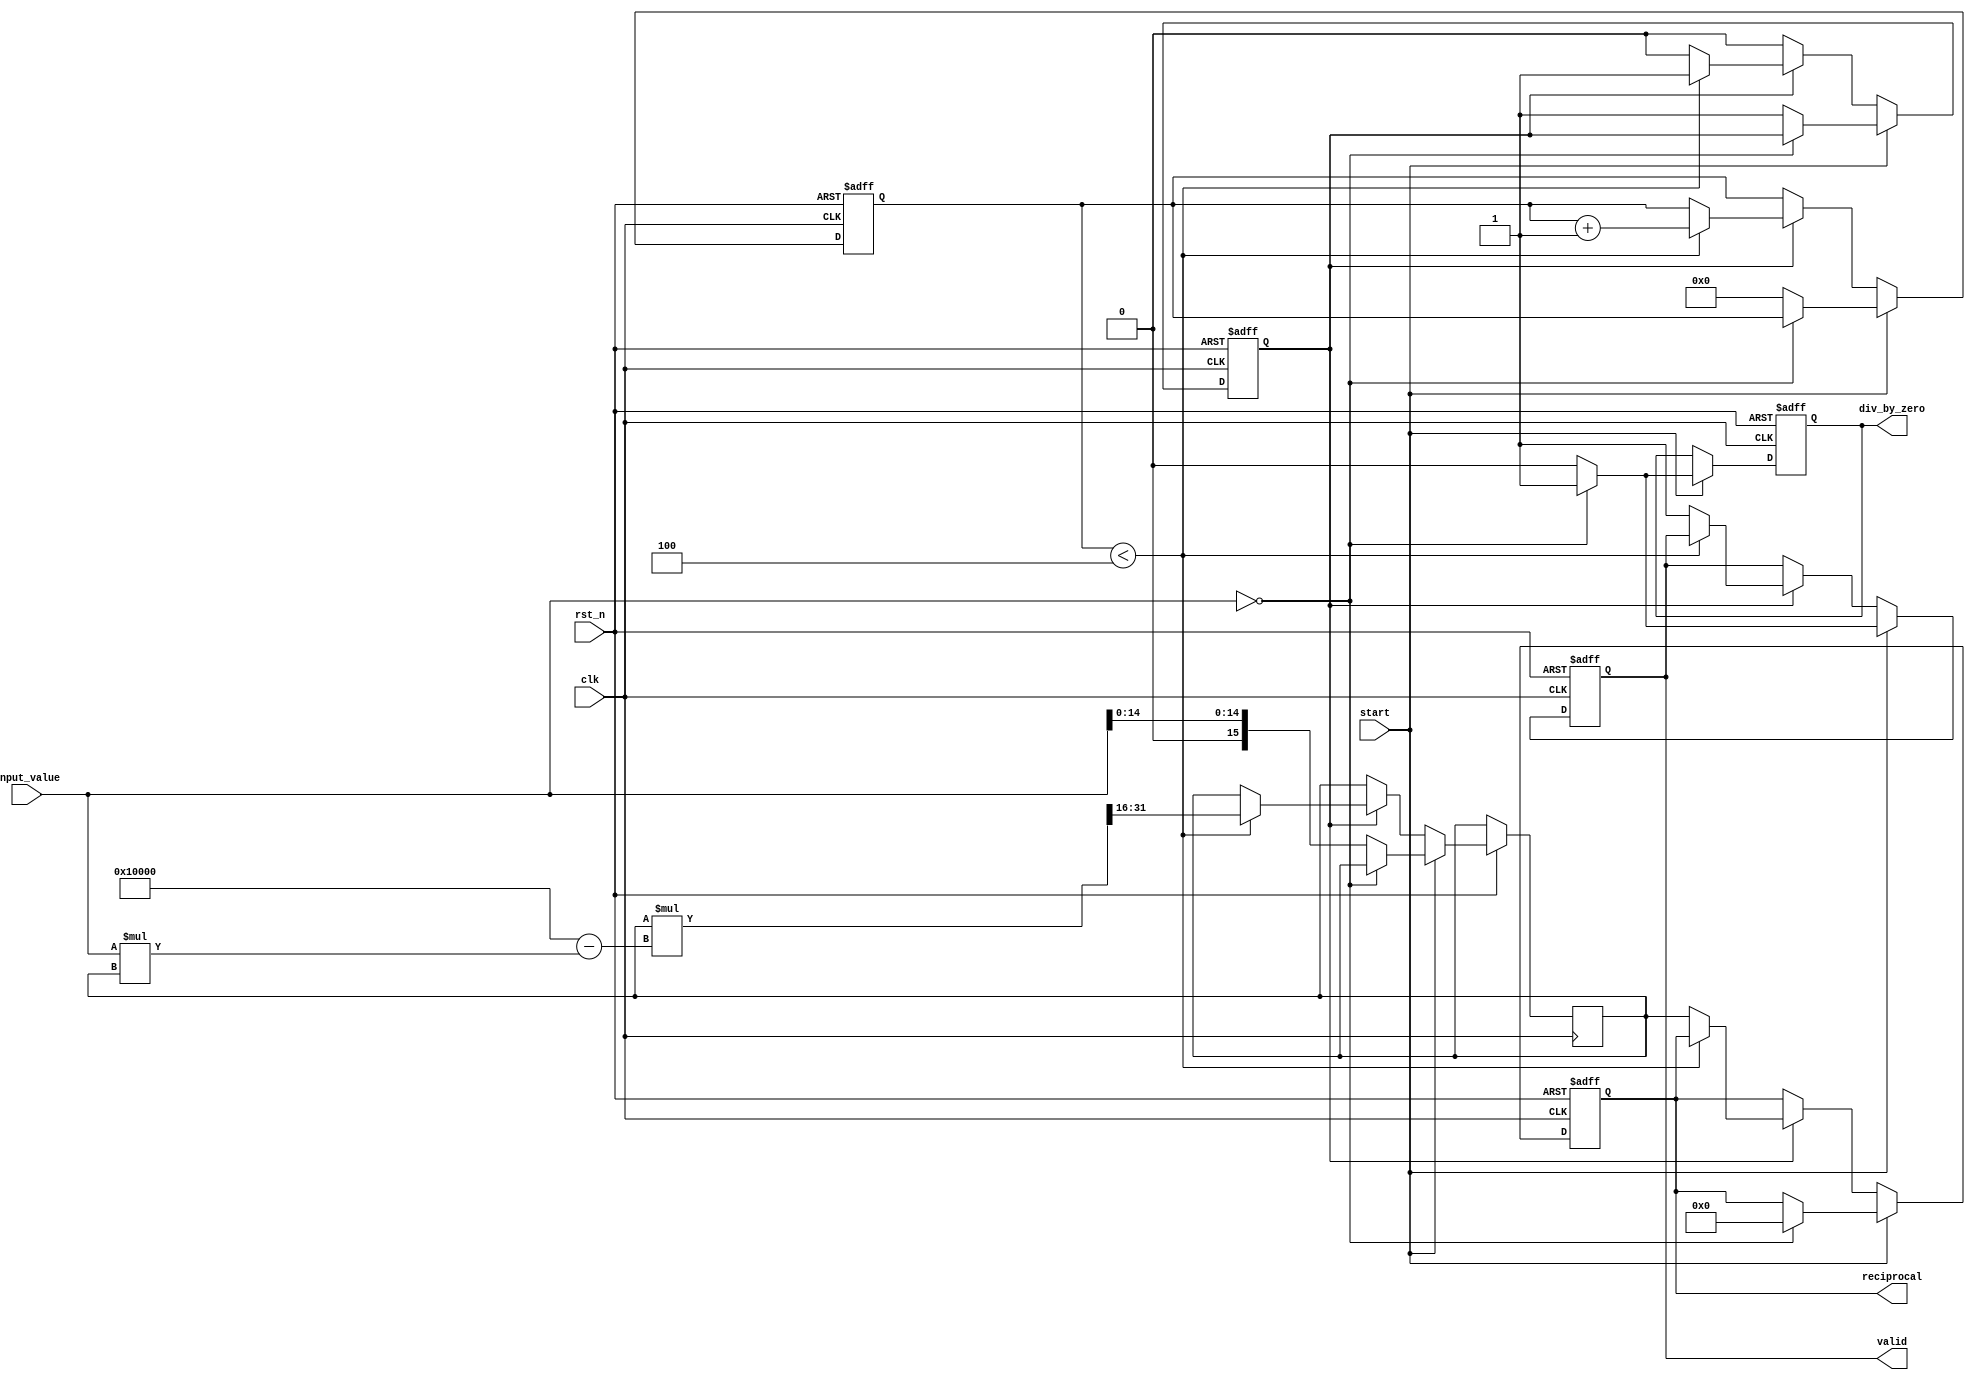
module DirectReciprocalUnit #(
    parameter INPUT_WIDTH = 16,  // Width of the input
    parameter OUTPUT_WIDTH = 16, // Width of the output (reciprocal)
    parameter ITERATIONS = 4      // Number of iterations for Newton-Raphson
)(
    input wire clk,
    input wire rst_n,
    input wire [INPUT_WIDTH-1:0] input_value,
    input wire start,
    output reg [OUTPUT_WIDTH-1:0] reciprocal,
    output reg valid,
    output reg div_by_zero
);

    reg [INPUT_WIDTH-1:0] x_n; // Current approximation
    reg [OUTPUT_WIDTH-1:0] temp; // Temporary variable for calculations
    reg [3:0] iteration_count; // Iteration counter
    reg computing; // State flag for computation

    // Initial settings
    always @(posedge clk or negedge rst_n) begin
        if (!rst_n) begin
            reciprocal <= 0;
            valid <= 0;
            div_by_zero <= 0;
            computing <= 0;
            iteration_count <= 0;
        end else begin
            if (start) begin
                if (input_value == 0) begin
                    div_by_zero <= 1; // Set division by zero flag
                    reciprocal <= 0; // Output zero
                    valid <= 1; // Output valid despite error
                end else begin
                    div_by_zero <= 0; // Clear division by zero flag
                    x_n <= {1'b0, input_value[INPUT_WIDTH-2:0]}; // Initial approximation
                    iteration_count <= 0;
                    computing <= 1; // Start computation
                    valid <= 0; // Output not valid yet
                end
            end else if (computing) begin
                if (iteration_count < ITERATIONS) begin
                    // Newton-Raphson iteration: x(n+1) = x(n) * (2 - input * x(n))
                    temp = x_n * (2**OUTPUT_WIDTH - input_value * x_n) >> OUTPUT_WIDTH;
                    x_n <= temp; // Update current approximation
                    iteration_count <= iteration_count + 1; // Increment iteration count
                end else begin
                    reciprocal <= x_n; // Final result
                    valid <= 1; // Output is valid
                    computing <= 0; // End computation
                end
            end
        end
    end

endmodule